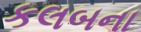
કલબના